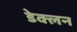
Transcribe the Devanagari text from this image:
डेक्लन